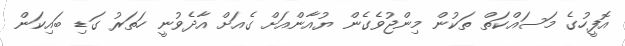
އޮފީހުގެ މަސައްކަތް ތަކުން މިންޖުވެގެން ޔުއާންއަށް ގެއަށް އާދެވުނީ ހަތަރު ގަޑި ބައިކަން